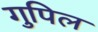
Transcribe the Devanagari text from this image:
गुपिल